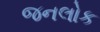
જનલોક